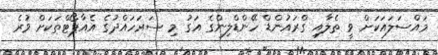
މައްސަލައަކަށް ވީ ތެލާއި ގްރައުންޑް ހޭންޑްލިންގެ އަގު މި ސަރަހައްދުގެ އެއާޕޯޓްތަކަށް ވުރެ